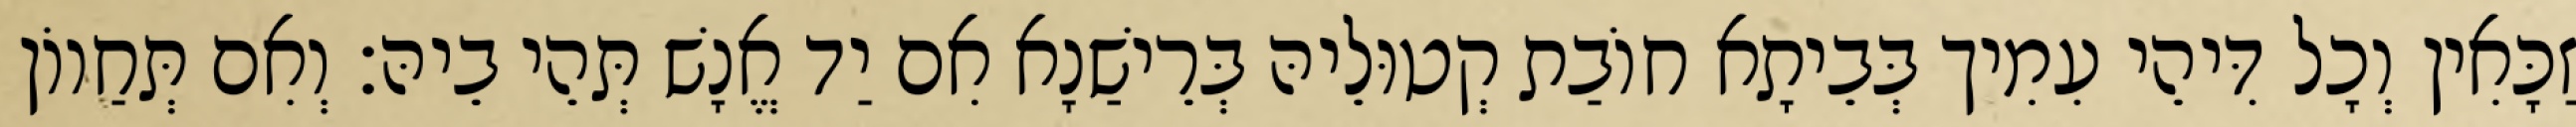
זַכָּאִין וְכָל דִּיהֵי עִמִיך בְּבֵיתָא חוֹבַת קְטוּלֵיהּ בְּרֵישַׁנָא אִם יַד אֱנָשׁ תְּהֵי בֵיהּ׃ וְאִם תְּחַווֹן